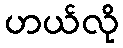
ဟယ်လို